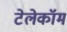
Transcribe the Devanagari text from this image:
टेलेकॉम